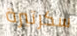
سكرتيرة